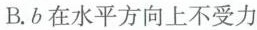
B.b在水平方向上不受力